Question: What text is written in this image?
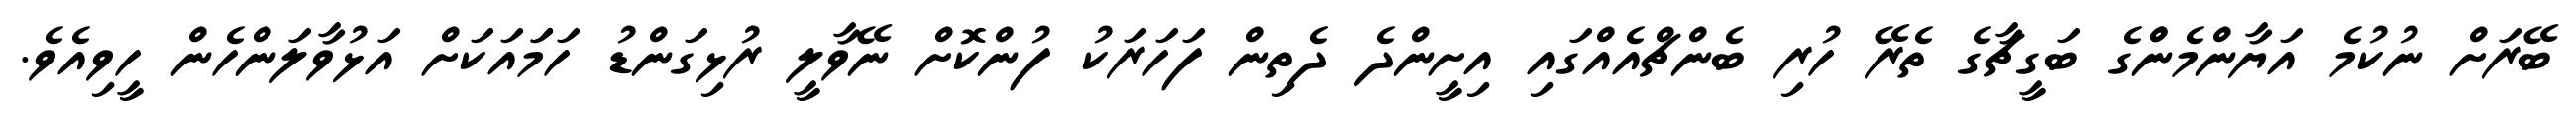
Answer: ބޭރަށް ނުކުމެ އަޔާންމެންްގެ ބަގީޗާގެ ތެރޭ ހުރި ބެންޗްއެއްގައި އިށީންދެ ދެތިން ފަހަރަކު ފުންކޮށް ނޭވާލީ ރުޅިގަންޑު ހަމަައަކަށް އަޅުވާލަންހެން ހީވިއެވެ.